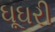
ઘૂઘરી